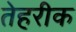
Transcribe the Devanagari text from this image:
तेहरीक